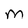
Character: M